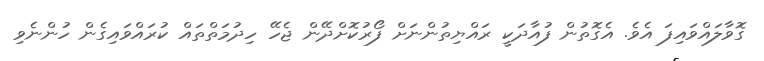
ގޮވާލައްވައިފަ އެވެ. އެގޮތުން ފުއާދަކީ ރައްޔިތުންނަށް ފޯރުކޮށްދޭން ޖެހޭ ހިދުމަތްތައް ކުރައްވައިގެން ހުންނެވި